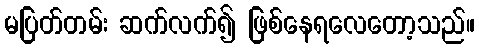
မပြတ်တမ်း ဆက်လက်၍ ဖြစ်နေရလေတော့သည်။